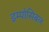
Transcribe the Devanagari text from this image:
इम्पोसिबल